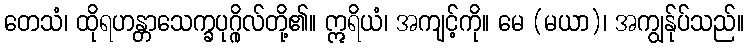
တေသံ၊ ထိုရဟန္တာသေက္ခပုဂ္ဂိုလ်တို့၏။ ဣရိယံ၊ အကျင့်ကို။ မေ (မယာ)၊ အကျွန်ုပ်သည်။